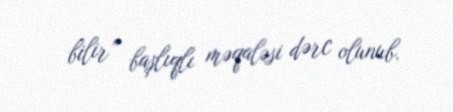
bilir” başlıqlı məqaləsi dərc olunub.